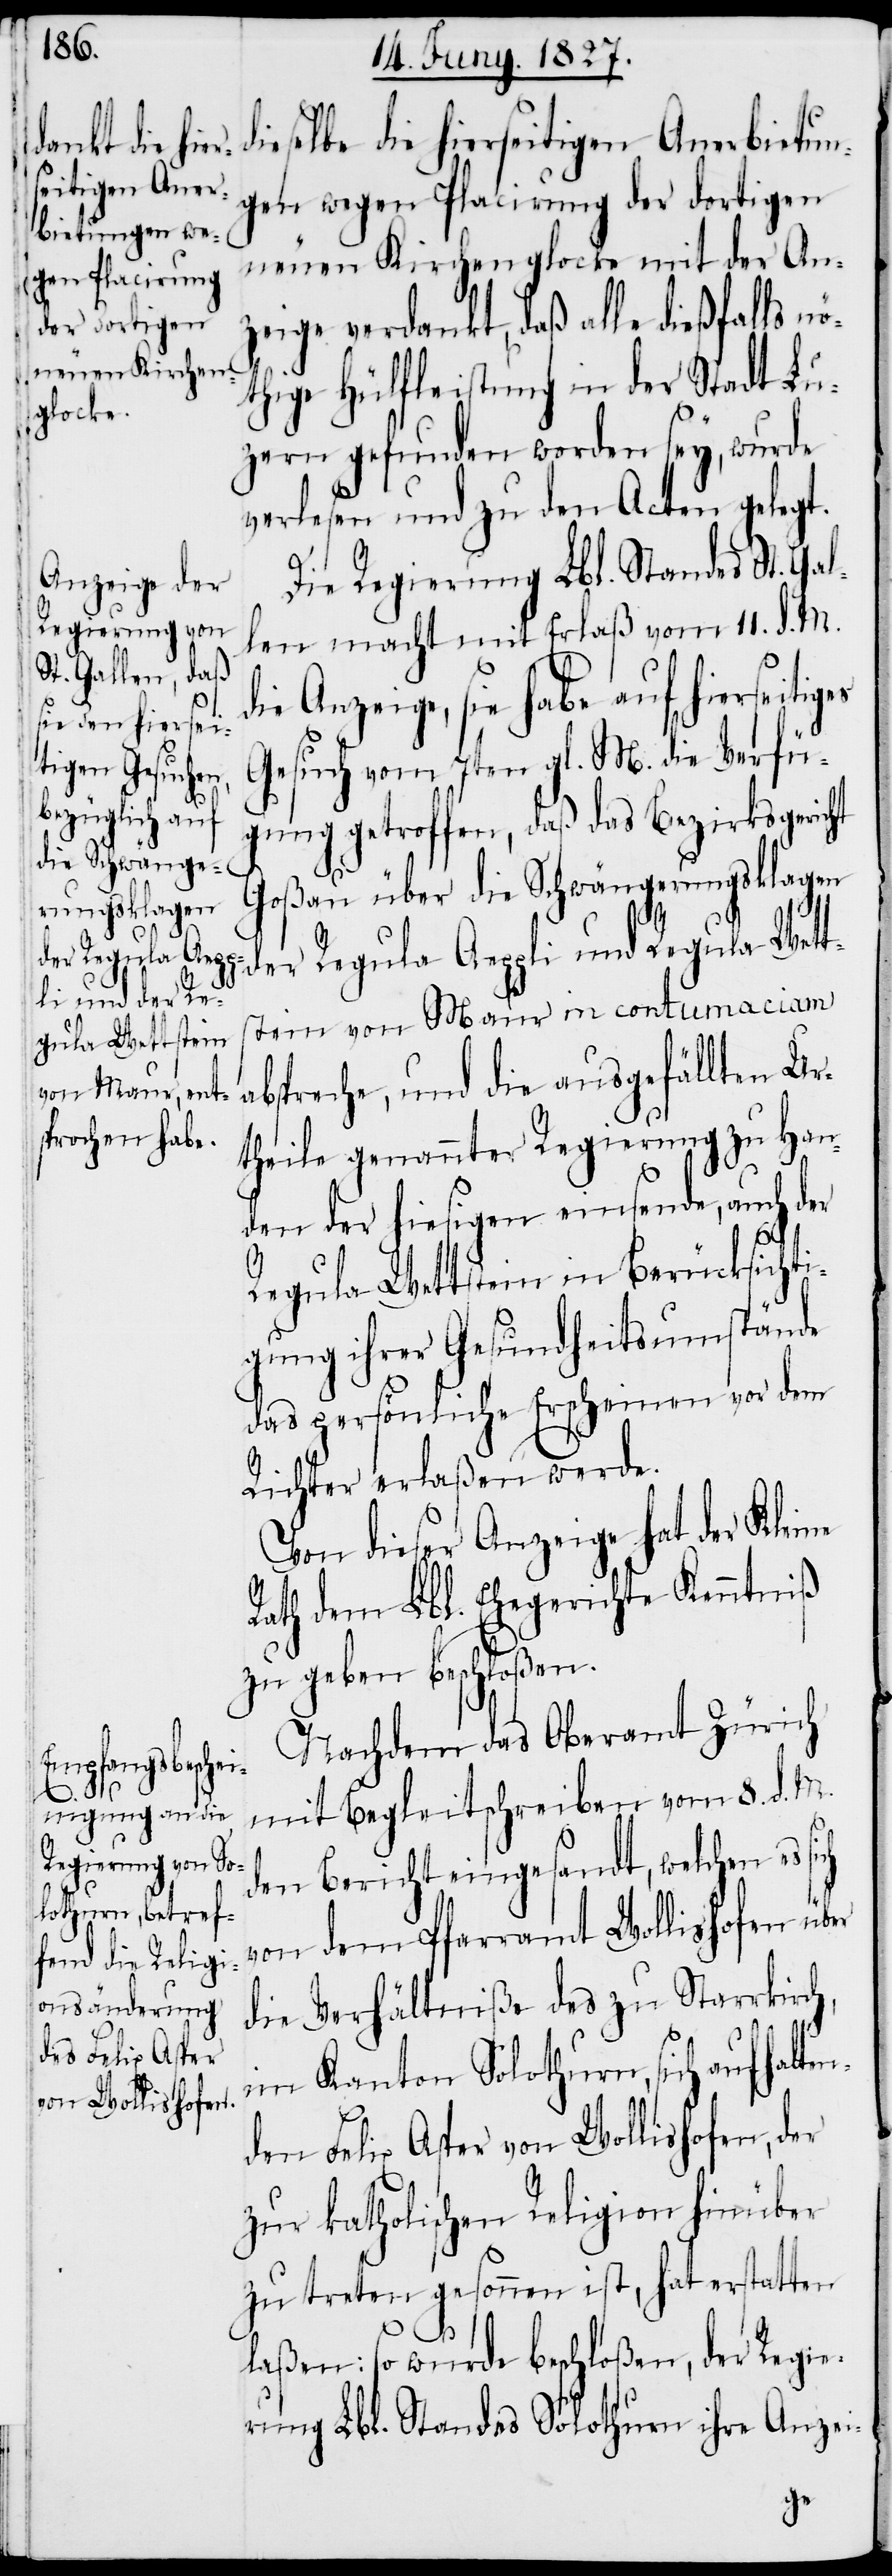
dieselbe die hierseitigen Anerbietun¬
gen wegen Placirung der dortigen
neuen Kirchenglocke mit der An¬
zeige verdankt, daß alle dießfalls nö¬
thige Hülfleistung in der Stadt Lu¬
zern gefunden worden sey, wurde
verlesen und zu den Acten gelegt.
Die Regierung Lbl. Standes St.
len macht mit Erlaß vom 11. d. M.
die Anzeige, sie habe auf hierseitiges
Gesuch vom 7ten gl. M. die Verfü¬
gung getroffen, daß das Bezirksgeric¬
Goßau über die Schwängerungsklagen
der Regula Aeppli und Regula Wett¬
stein von Maur in contumaciam
abspreche, und die ausgefällten Ur¬
theile genannter Regierung zu Han¬
den der hiesigen einsende, auch der
er
Regula Wettstein in Berücksichti¬
gung ihrer Gesundheitsumstände
das persönliche Erscheinen vor dem
Richter erlaßen werde.
Von dieser Anzeige hat der Kleine
Rath dem Lbl. Ehegericht Kenntniß
zu geben beschloßen.
Nachdem das Oberamt Zürich
mit Begleitschreiben vom 8. d. M.
den Bericht eingesandt, welchen es si¬
von dem Pfarramt Wollishofen üb¬
die Verhältniße des zu Starrkirch,
im Kanton Solothurn, sich aufhalte¬
nden Felix Asper von Wollishofen, der
zur katholischen Religion hierüber
zu treten gesonnen ist, hat erstatten
laßen: so wurde beschloßen, der Regie¬
rung Lbl. Standes Solothurn ihre Anzei-